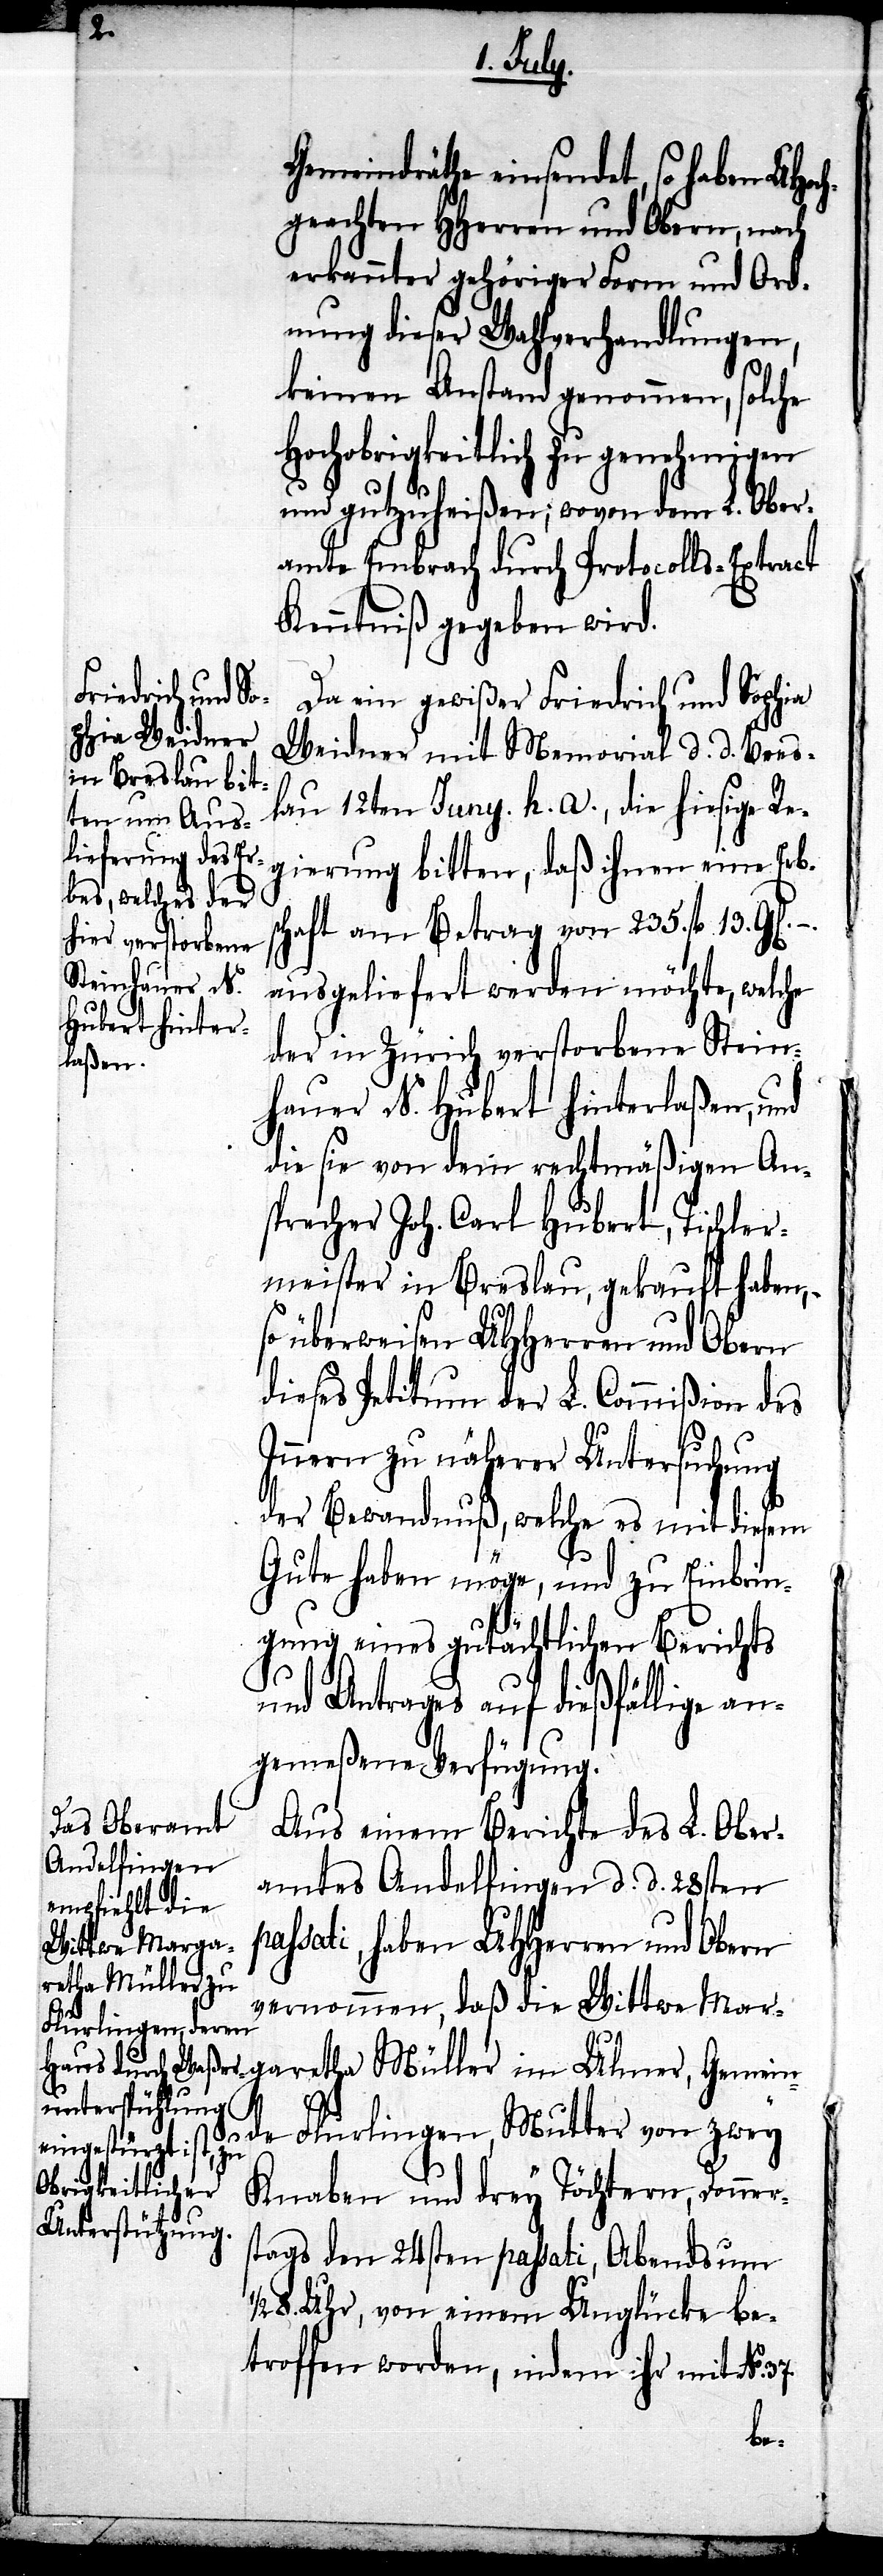
Gemeindräthe einsendet, so haben UHoc¬
hgeachteten HHerren und Obern, nach
erkannter gehöriger Form und Ord¬
nung dieser Wahlverhandlungen,
keinen Anstand genommen, solche
Hochobrigkeitlich genehmigen
und gutzuheißen; wovon dem L. Ober¬
amte Embrach durch Protocolls-Extract
Kenntniß gegeben wird.
Da ein gewißer Friedrich und Sophia
Weidner mit Memorial d. d. Bres¬
lau 12ten Juny. h. a., die hiesige Re¬
Ulmer, Geme¬
gierung bitten, daß ihnen eine Erb¬
schaft am Betrag von 235. fl. 13.
ausgeliefert werden möchte, welche
der in Zürich verstorbene Stein¬
hauer N. Hubert hinterlaßen, und
diese von dem rechtmäßigen An¬
sprecher Joh. Carl Hubert, Fischer¬
meister in Breslau, gekauft haben,
so überweisen UHHerren und Obern
dieses Petitum der L. Commißion des
37.
Innern zu näherer Untersuchung
der Bewandnuß, welche es mit diesem
Gute haben möge, und zu Einbrin¬
gung eines gutächtlichen Berichts
und Antrages auf dießfällige an¬
gemeßene Verfügung.
Aus einem Berichte des L. Ober¬
amtes Andelfingen d. d. 28sten
passati, haben UHHerren und Obern
aretha Müller im
vernommen, daß die Wittwe Marg¬
–
inde Flurlingen, Mutter von zwey
Knaben und drey Töchtern, Donner¬
stags den 24sten passati, Abends um
8. Uhr, von einem Unglücke be¬
troffen worden, indem ihr mit No.